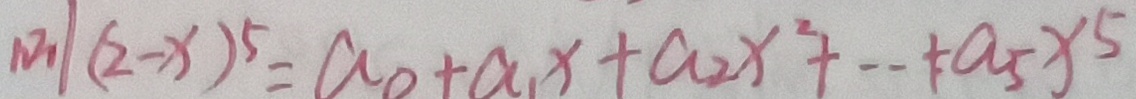
( 2 - x ) ^ { 5 } = a _ { 0 } + a _ { 1 } x + a _ { 2 } x ^ { 2 } + \cdots + a _ { 5 } x ^ { 5 }